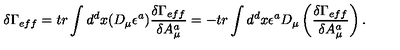
\delta \Gamma _ { e f f } = t r \int d ^ { d } x ( D _ { \mu } \epsilon ^ { a } ) \frac { \delta \Gamma _ { e f f } } { \delta A _ { \mu } ^ { a } } = - t r \int d ^ { d } x \epsilon ^ { a } D _ { \mu } \left( \frac { \delta \Gamma _ { e f f } } { \delta A _ { \mu } ^ { a } } \right) .